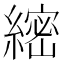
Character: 䌏